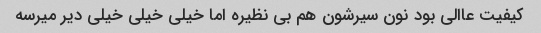
کیفیت عاالی بود نون سیرشون هم بی نظیره اما خیلی خیلی خیلی دیر میرسه